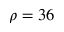
\rho = 3 6